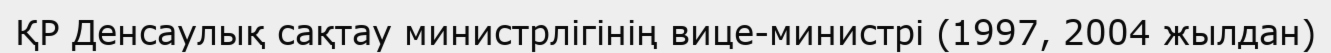
ҚР Денсаулық сақтау министрлігінің вице-министрі (1997, 2004 жылдан)